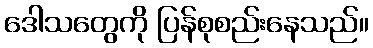
ဒေါသတွေကို ပြန်စုစည်းနေသည်။